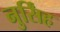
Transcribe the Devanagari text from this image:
नुर्सिंह